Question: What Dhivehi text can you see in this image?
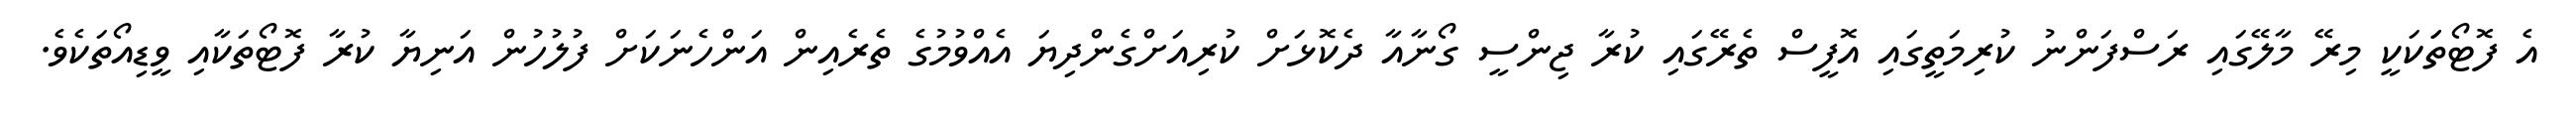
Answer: އެ ފޮޓޯތަަކަކީ މިރޭ މާލޭގައި ރަސްފަންނު ކުރިމަތީގައި އޮފީސް ތެރޭގައި ކުރާ ޖިންސީ ގޯނާއާ ދެކޮޅަށް ކުރިއަށްގެންދިޔަ އެއްވުމުގެ ތެރެއިން އަންހެނަކަށް ފުލުހުން އަނިޔާ ކުރާ ފޮޓޯތަކާއި ވީޑިއޯތަކެވެ.